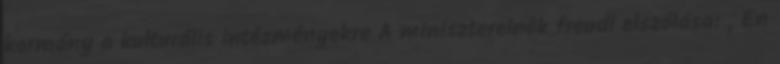
kormány a kulturális intézményekre A miniszterelnök freudi elszólása: „Én